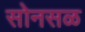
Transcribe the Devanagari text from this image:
सोनसळ